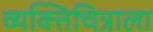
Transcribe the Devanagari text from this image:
व्यक्तिचित्राला